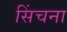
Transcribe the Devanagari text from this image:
सिंचना